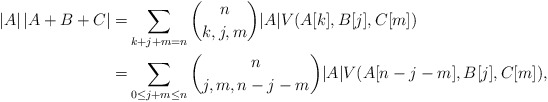
\begin{align*}|A|\,|A+B+C|=&\sum_{k+j+m=n} {n \choose k,j,m} |A| V(A[k], B[j],C[m])\\=&\sum_{0\le j+m\le n} {n \choose j,m,n-j-m} |A| V(A[n-j-m], B[j],C[m]),\end{align*}